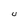
Character: U